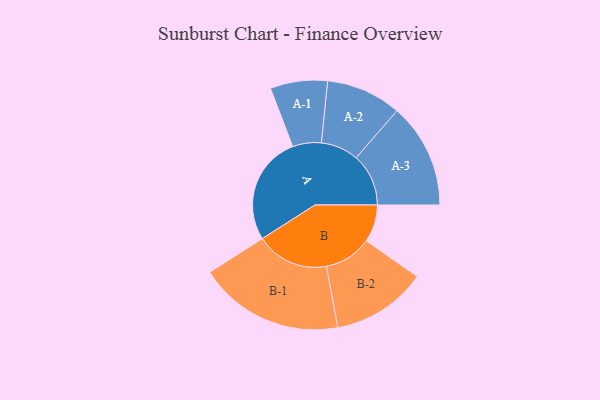
{"axis": {"x": "Segment", "y": "Value"}, "legend": ["", "A", "B"], "data": [{"x": "A", "y": 384, "type": ""}, {"x": "B", "y": 132, "type": ""}, {"x": "A-1", "y": 101, "type": "A"}, {"x": "A-2", "y": 133, "type": "A"}, {"x": "A-3", "y": 185, "type": "A"}, {"x": "B-1", "y": 257, "type": "B"}, {"x": "B-2", "y": 168, "type": "B"}]}